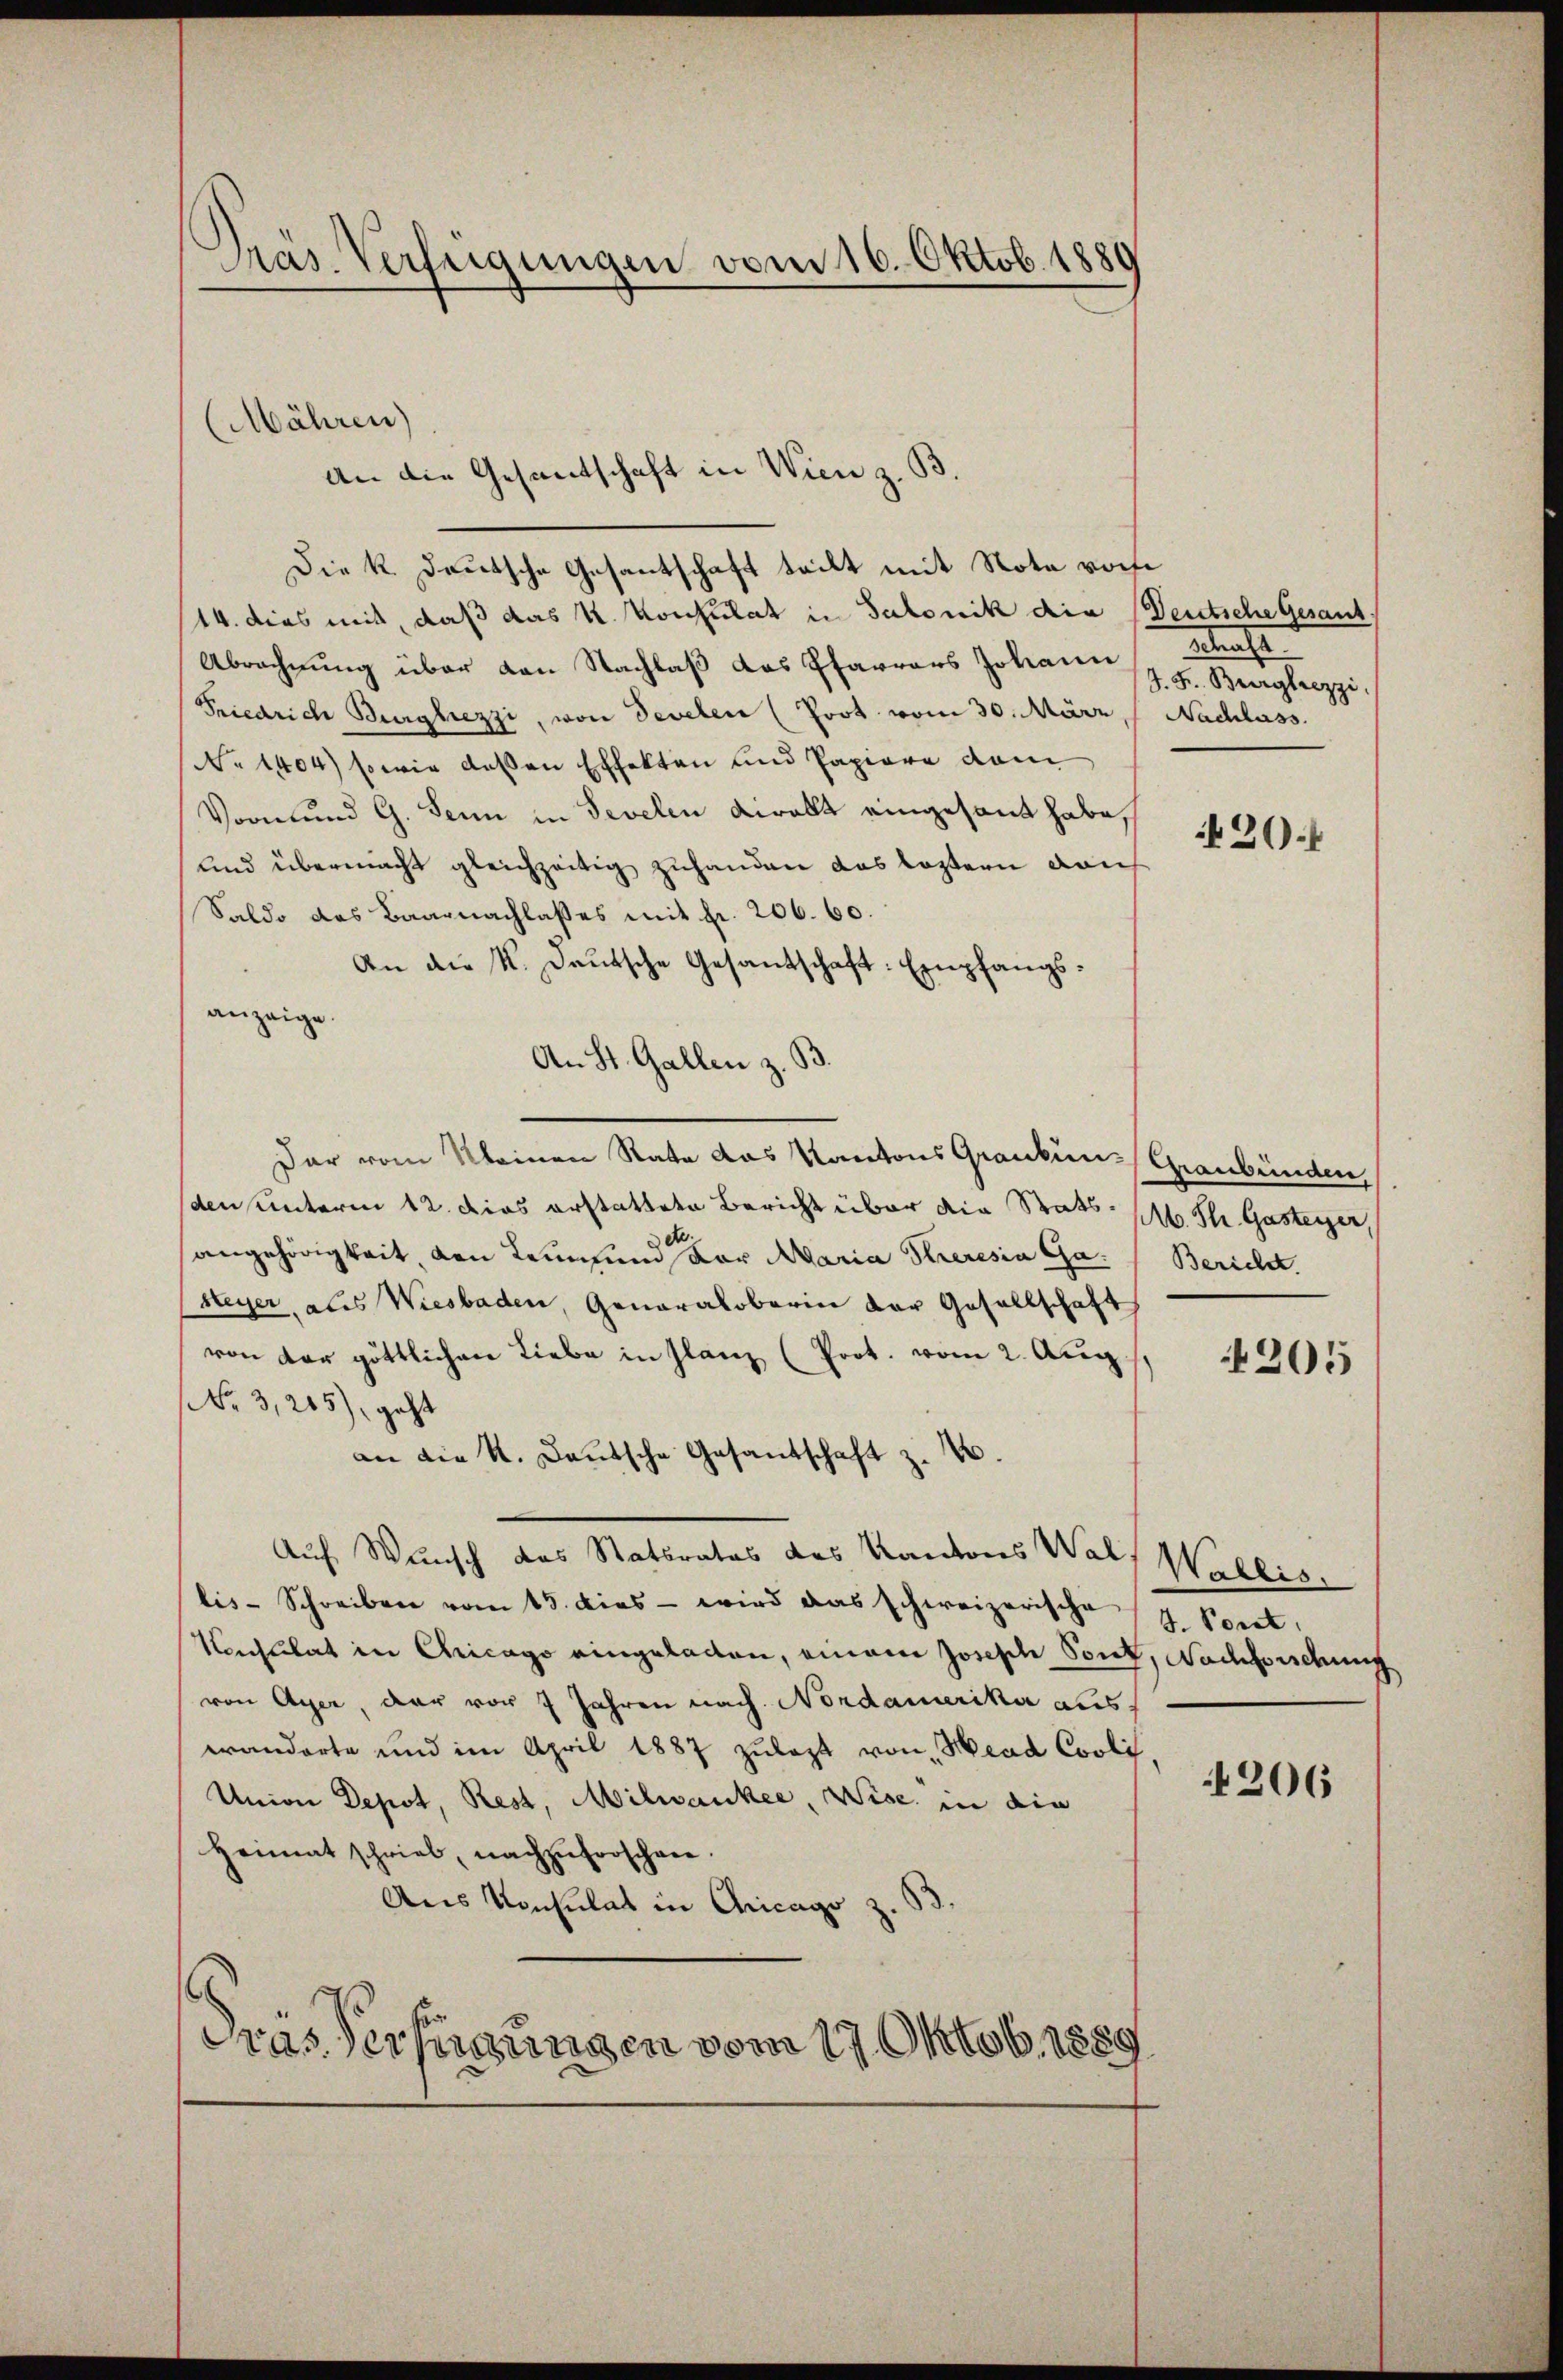
Präs. Verfügungen vom 16. Oktob. 1880

Die k. Deutsche Gesantschaft teilt mit Note von
14. dies mit, daß das k. Konsulat in Salonik die Deutsche Gesant,
Abrechnung über von Nachlaß das Pfarrers Johann
Friedrich Burghezzi, von Sevelen (Poot vom 30. März,  Nachlass
No 1404) sowie deßen Effekten und Papiere dam
Vormund G. Senn in Sevelen viralt eingesandt habe,
und übermacht gleichzeitig zuhanden das leztern dach
Saldo das Baarnachlasses mit fr. 206. 60.
An die K. Deutsche Gesantschaft Empfangsanzeige.
An St. Gallen z. B.
Der vom Kleinen Rate das Kantons Granken (Graubünden,
(den unterm 12. dies erstattete Bericht über die Stats M. St. Gasteyer,
angehörigkeit, den Leumund der Maria Theresia Gasteyer, aus Wiesbaden, Generalobarin der Gesellschaft
von der göttlichen Liebe in Glanz (Prot. vom 2. Aug.
No 3,265), geht
an die K. Deutsche Gesandschaft z. B.
Auf Wunsch das Statsrates des Kantons Wals Wallis.
lis-Schreiben vom 15. dies - wird das schweizerische H. Pont,
Konsulat in Chicago eingeladen, einem Joseph Sout, Nachforschung
von Ayer, der vor 7 Jahren nach Nordamerika aus
wanderte und im April 1887 zulezt von Head Covli
Union Depot, Rest, Milwankee, Wise in die
Heimat schrieb, nachzuforschen.
Aus Konsulat in Chicago z. B.
dreas Verfügungen vom 17. Oktob. 1889

(Mähren)
an die Gesantschaft in Wien z. B.

etrache
J. F. Bergleizzi,

30

Bericht.

205

206